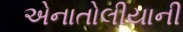
એનાતોલીયાની